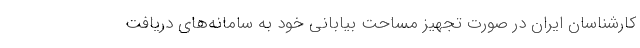
کارشناسان ایران در صورت تجهیز مساحت بیابانی خود به سامانه‌های دریافت